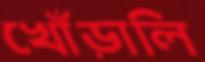
খোঁড়ালি